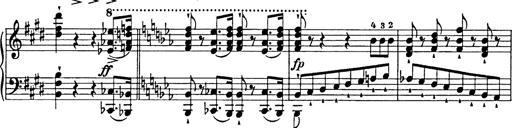
Title: Festmarsch zur SÃ¤cularfeier von Goethes Geburtstag
Composer: Franz Liszt